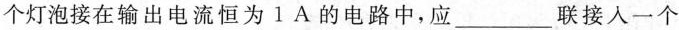
个灯泡接在输出电流恒为1A的电路中，应___联接入一个